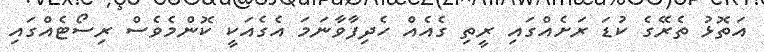
އަތޮޅު ތެރޭގެ ކުޑަ ރަށެއްގައި ރީތި ގެއެއް ހެދިފާވާނަމަ އެގެއަކީ ކޮންމެވެސް ރިސޯޓެއްގައި